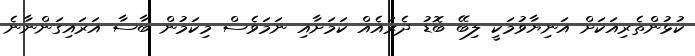
ކުޅުންތެރިއަކަށް އަނިޔާވުމަކީ ލިބޭ ބޮޑު ދެރައެއް ކަމަށާއި ނަމަވެސް މިކަމުން ބާސާ އަރައިގަންނާނެ